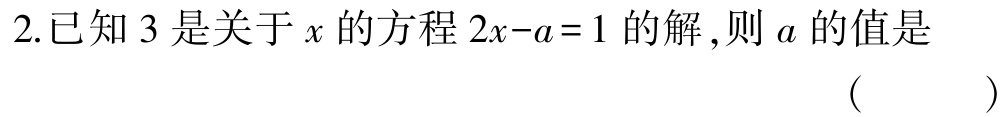
2.已知 \(3\) 是关于 \(x\) 的方程 \(2x - a = 1\) 的解,则 \(a\) 的值是 （  ）